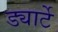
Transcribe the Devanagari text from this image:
ड्यार्टे